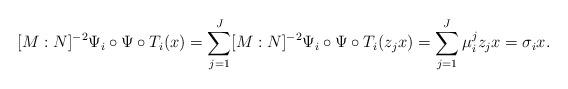
LaTeX: \begin{align*}[M:N]^{-2}\Psi_i\circ\Psi\circ T_i(x)=\sum_{j=1}^J[M:N]^{-2}\Psi_i\circ\Psi\circ T_i(z_jx)=\sum_{j=1}^J\mu_i^jz_jx=\sigma_ix.\end{align*}